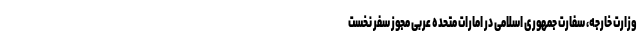
وزارت خارجه، سفارت جمهوری اسلامی در امارات متحده عربی مجوز سفر نخست